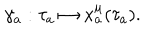
\gamma _ { a } : \tau _ { a } \mapsto x _ { a } ^ { \mu } ( \tau _ { a } ) .